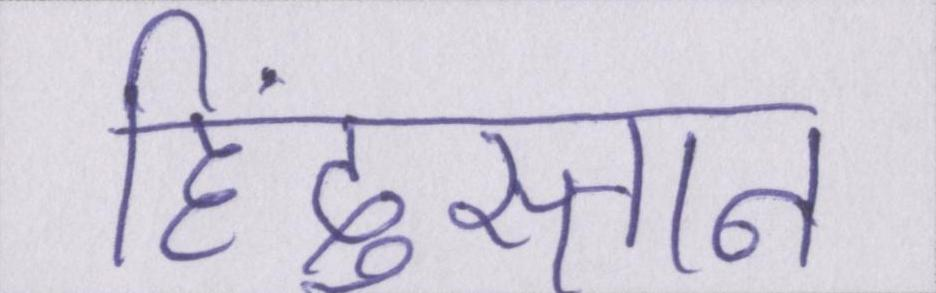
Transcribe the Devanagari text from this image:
हिंदुस्तान